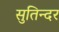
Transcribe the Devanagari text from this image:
सुतिन्दर